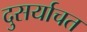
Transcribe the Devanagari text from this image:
दुसर्याचत